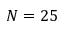
N = 2 5